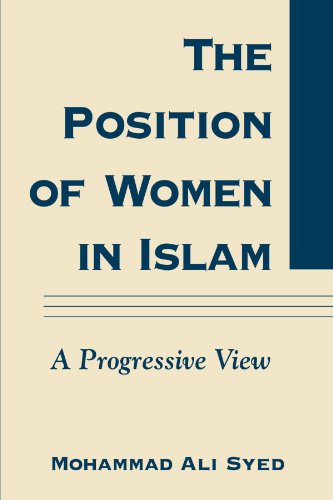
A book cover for The Position of Women in Islam: A Progressive View; Mohammad Ali Syed; Religion & Spirituality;